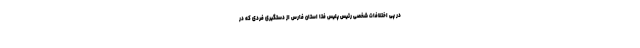
در پی اختلافات شخصی رئیس پلیس فتا استان فارس از دستگیری فردی که در